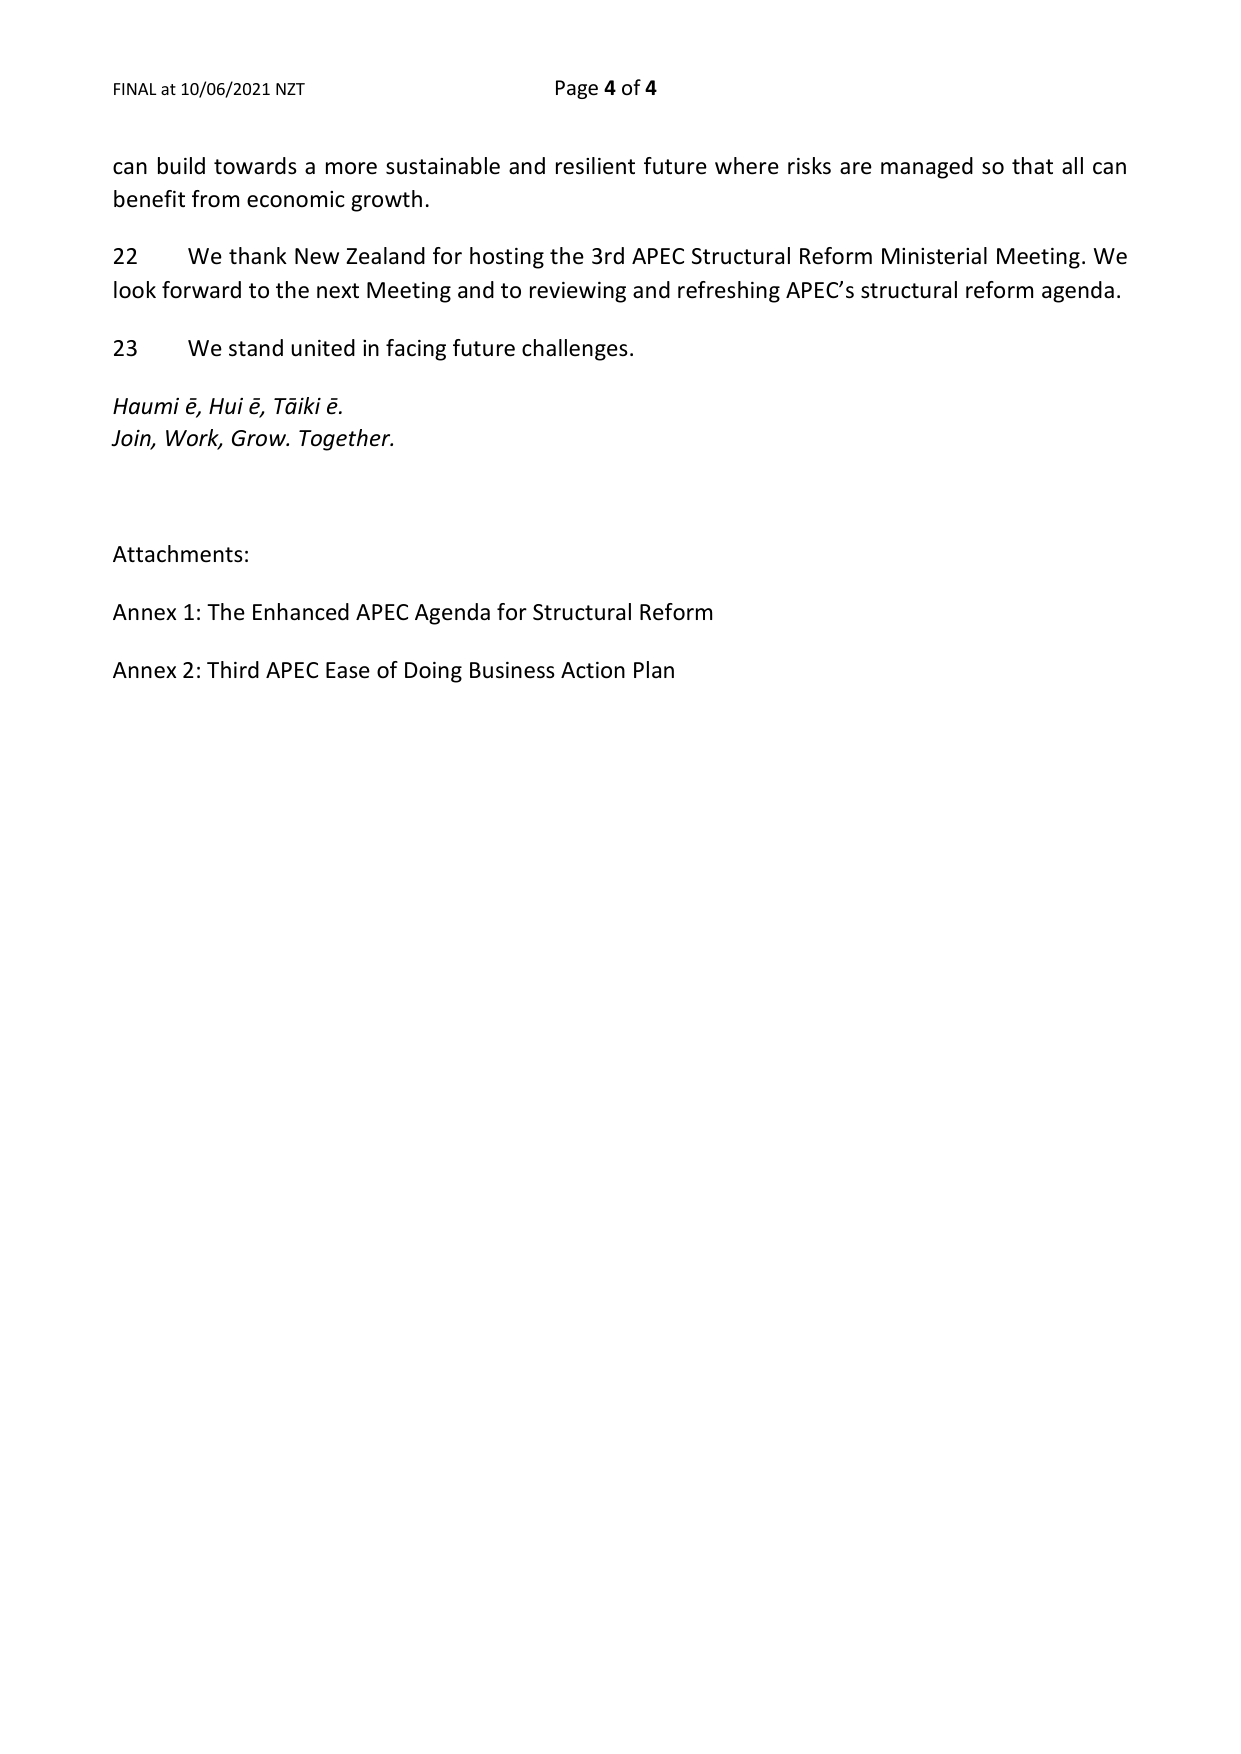
FINAL at 10/06/2021 NZT                                      Page 4 of 4

can build towards a more sustainable and resilient future where risks are managed so that all can benefit from economic growth.

22     We thank New Zealand for hosting the 3rd APEC Structural Reform Ministerial Meeting. We look forward to the next Meeting and to reviewing and refreshing APEC’s structural reform agenda.

23     We stand united in facing future challenges.

Haumi ē, Hui ē, Tāiki ē.
Join, Work, Grow. Together.

Attachments:
Annex 1: The Enhanced APEC Agenda for Structural Reform
Annex 2: Third APEC Ease of Doing Business Action Plan